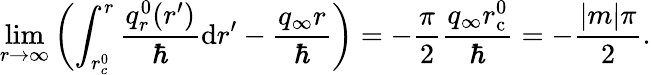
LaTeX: \operatorname*{lim}_{r\to\infty}\left(\int_{r_{c}^{0}}^{r}\frac{q_{r}^{0}(r^{\prime})}{\hbar}\mathrm{d}r^{\prime}-\frac{q_{\infty}r}{\hbar}\right)=-\frac{\pi}{2}\frac{q_{\infty}r_{\mathrm{c}}^{0}}{\hbar}=-\frac{|m|\pi}{2}.